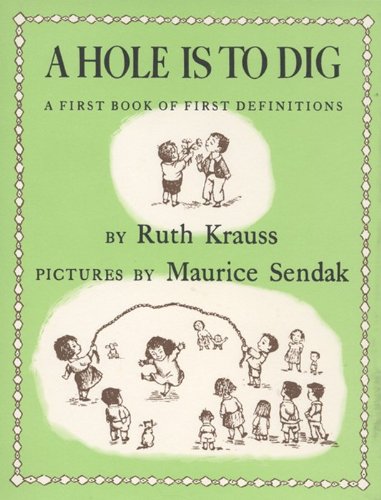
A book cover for A Hole Is to Dig; Ruth Krauss; Children's Books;